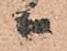
尉